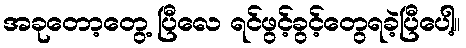
အခုတော့တွေ့ ပြီလေ ရင်ဖွင့်ခွင့်တွေရခဲ့ပြီပေါ့။